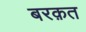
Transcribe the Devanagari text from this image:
बरक़त